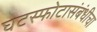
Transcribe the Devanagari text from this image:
घटस्फोटासंबंधीचा